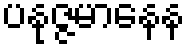
ပနုဇ္ဇမာနေန